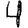
Digit: 4